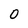
Character: 0